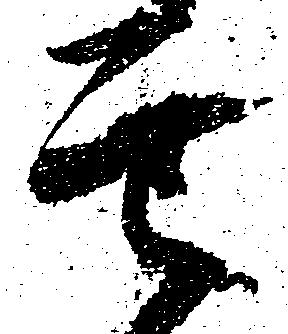
其